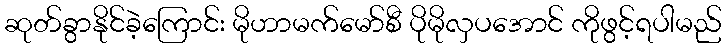
ဆုတ်ခွာနိုင်ခဲ့ကြောင်း မိုဟာမက်မော်စီ ပိုမိုလှပအောင် ကိုဖွင့်ရပါမည်